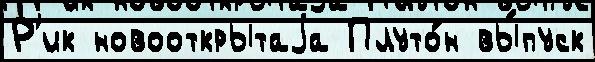
Р'ик новооткрытаjа Плуто́н вы́пуск